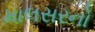
માલસરનો